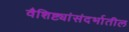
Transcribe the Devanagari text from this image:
वैशिष्ट्यांसंदर्भातील